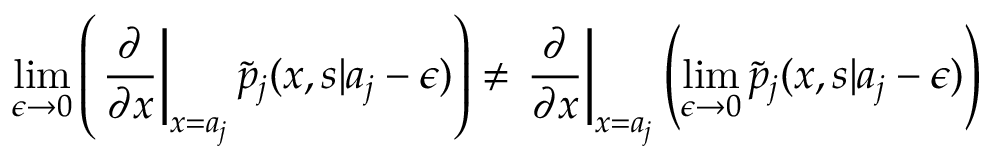
\operatorname* { l i m } _ { \epsilon \rightarrow 0 } \left( \left. \frac { \partial } { \partial x } \right| _ { x = a _ { j } } \widetilde { p } _ { j } ( x , s | a _ { j } - \epsilon ) \right) \neq \left. \frac { \partial } { \partial x } \right| _ { x = a _ { j } } \left( \operatorname* { l i m } _ { \epsilon \rightarrow 0 } \widetilde { p } _ { j } ( x , s | a _ { j } - \epsilon ) \right)